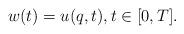
LaTeX: \begin{align*}w(t)=u(q,t),t\in \lbrack 0,T].\end{align*}